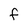
Character: f